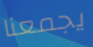
يجمعنا